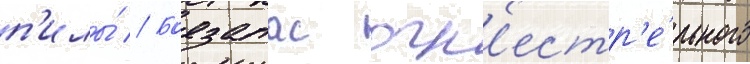
п'илы́ // Боезапас огн'естр'е́льного